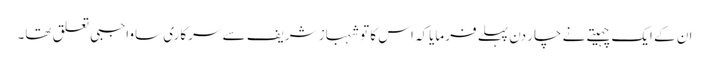
ان کے ایک چہیتے نے چار دن پہلے فرمایاکہ اس کا تو شہباز شریف سے سرکاری ساواجبی تعلق تھا۔